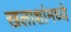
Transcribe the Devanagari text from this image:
खलाशांमध्ये